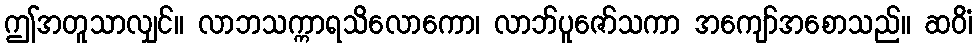
ဤအတူသာလျှင်။ လာဘသက္ကာရသိလောကော၊ လာဘ်ပူဇော်သကာ အကျော်အစောသည်။ ဆဝိံ၊